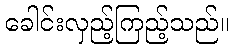
ခေါင်းလှည့်ကြည့်သည်။